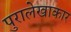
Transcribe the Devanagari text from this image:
पुरालेखाकार